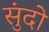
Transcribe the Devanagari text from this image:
सुंदो